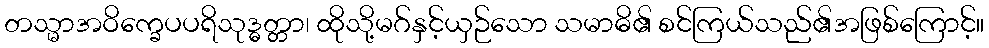
တသ္မာအဝိက္ခေပပရိသုဒ္ဓတ္တာ၊ ထိုသို့မဂ်နှင့်ယှဉ်သော သမာဓိ၏ စင်ကြယ်သည်၏အဖြစ်ကြောင့်။